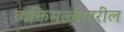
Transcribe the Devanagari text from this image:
व्यक्तिमत्त्वावरील